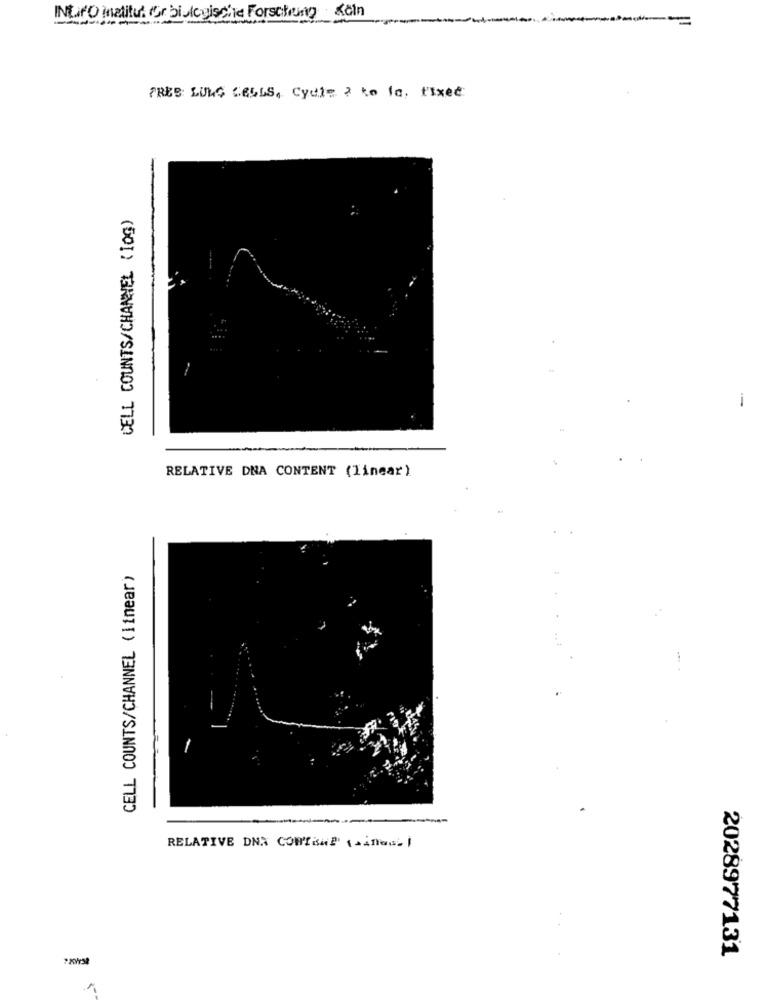
INLIPO inatitul (Or biologische Forschung Köln
PRES: LUNG CELLS, Cydie ? to fa, fixed
CELL COUNTS/CHANNEL (10g)
-
RELATIVE DNA CONTENT (linear)
CELL COUNTS/CHANNEL (linear)
.. 1
RELATIVE DNA CORTEal' (sinas- I
7.8Wsi
2028977131